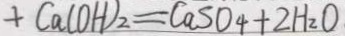
+ C a ( O H ) _ { 2 } = C a S O _ { 4 } + 2 H _ { 2 } O